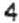
4